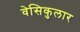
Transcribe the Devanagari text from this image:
वेसिकुलार